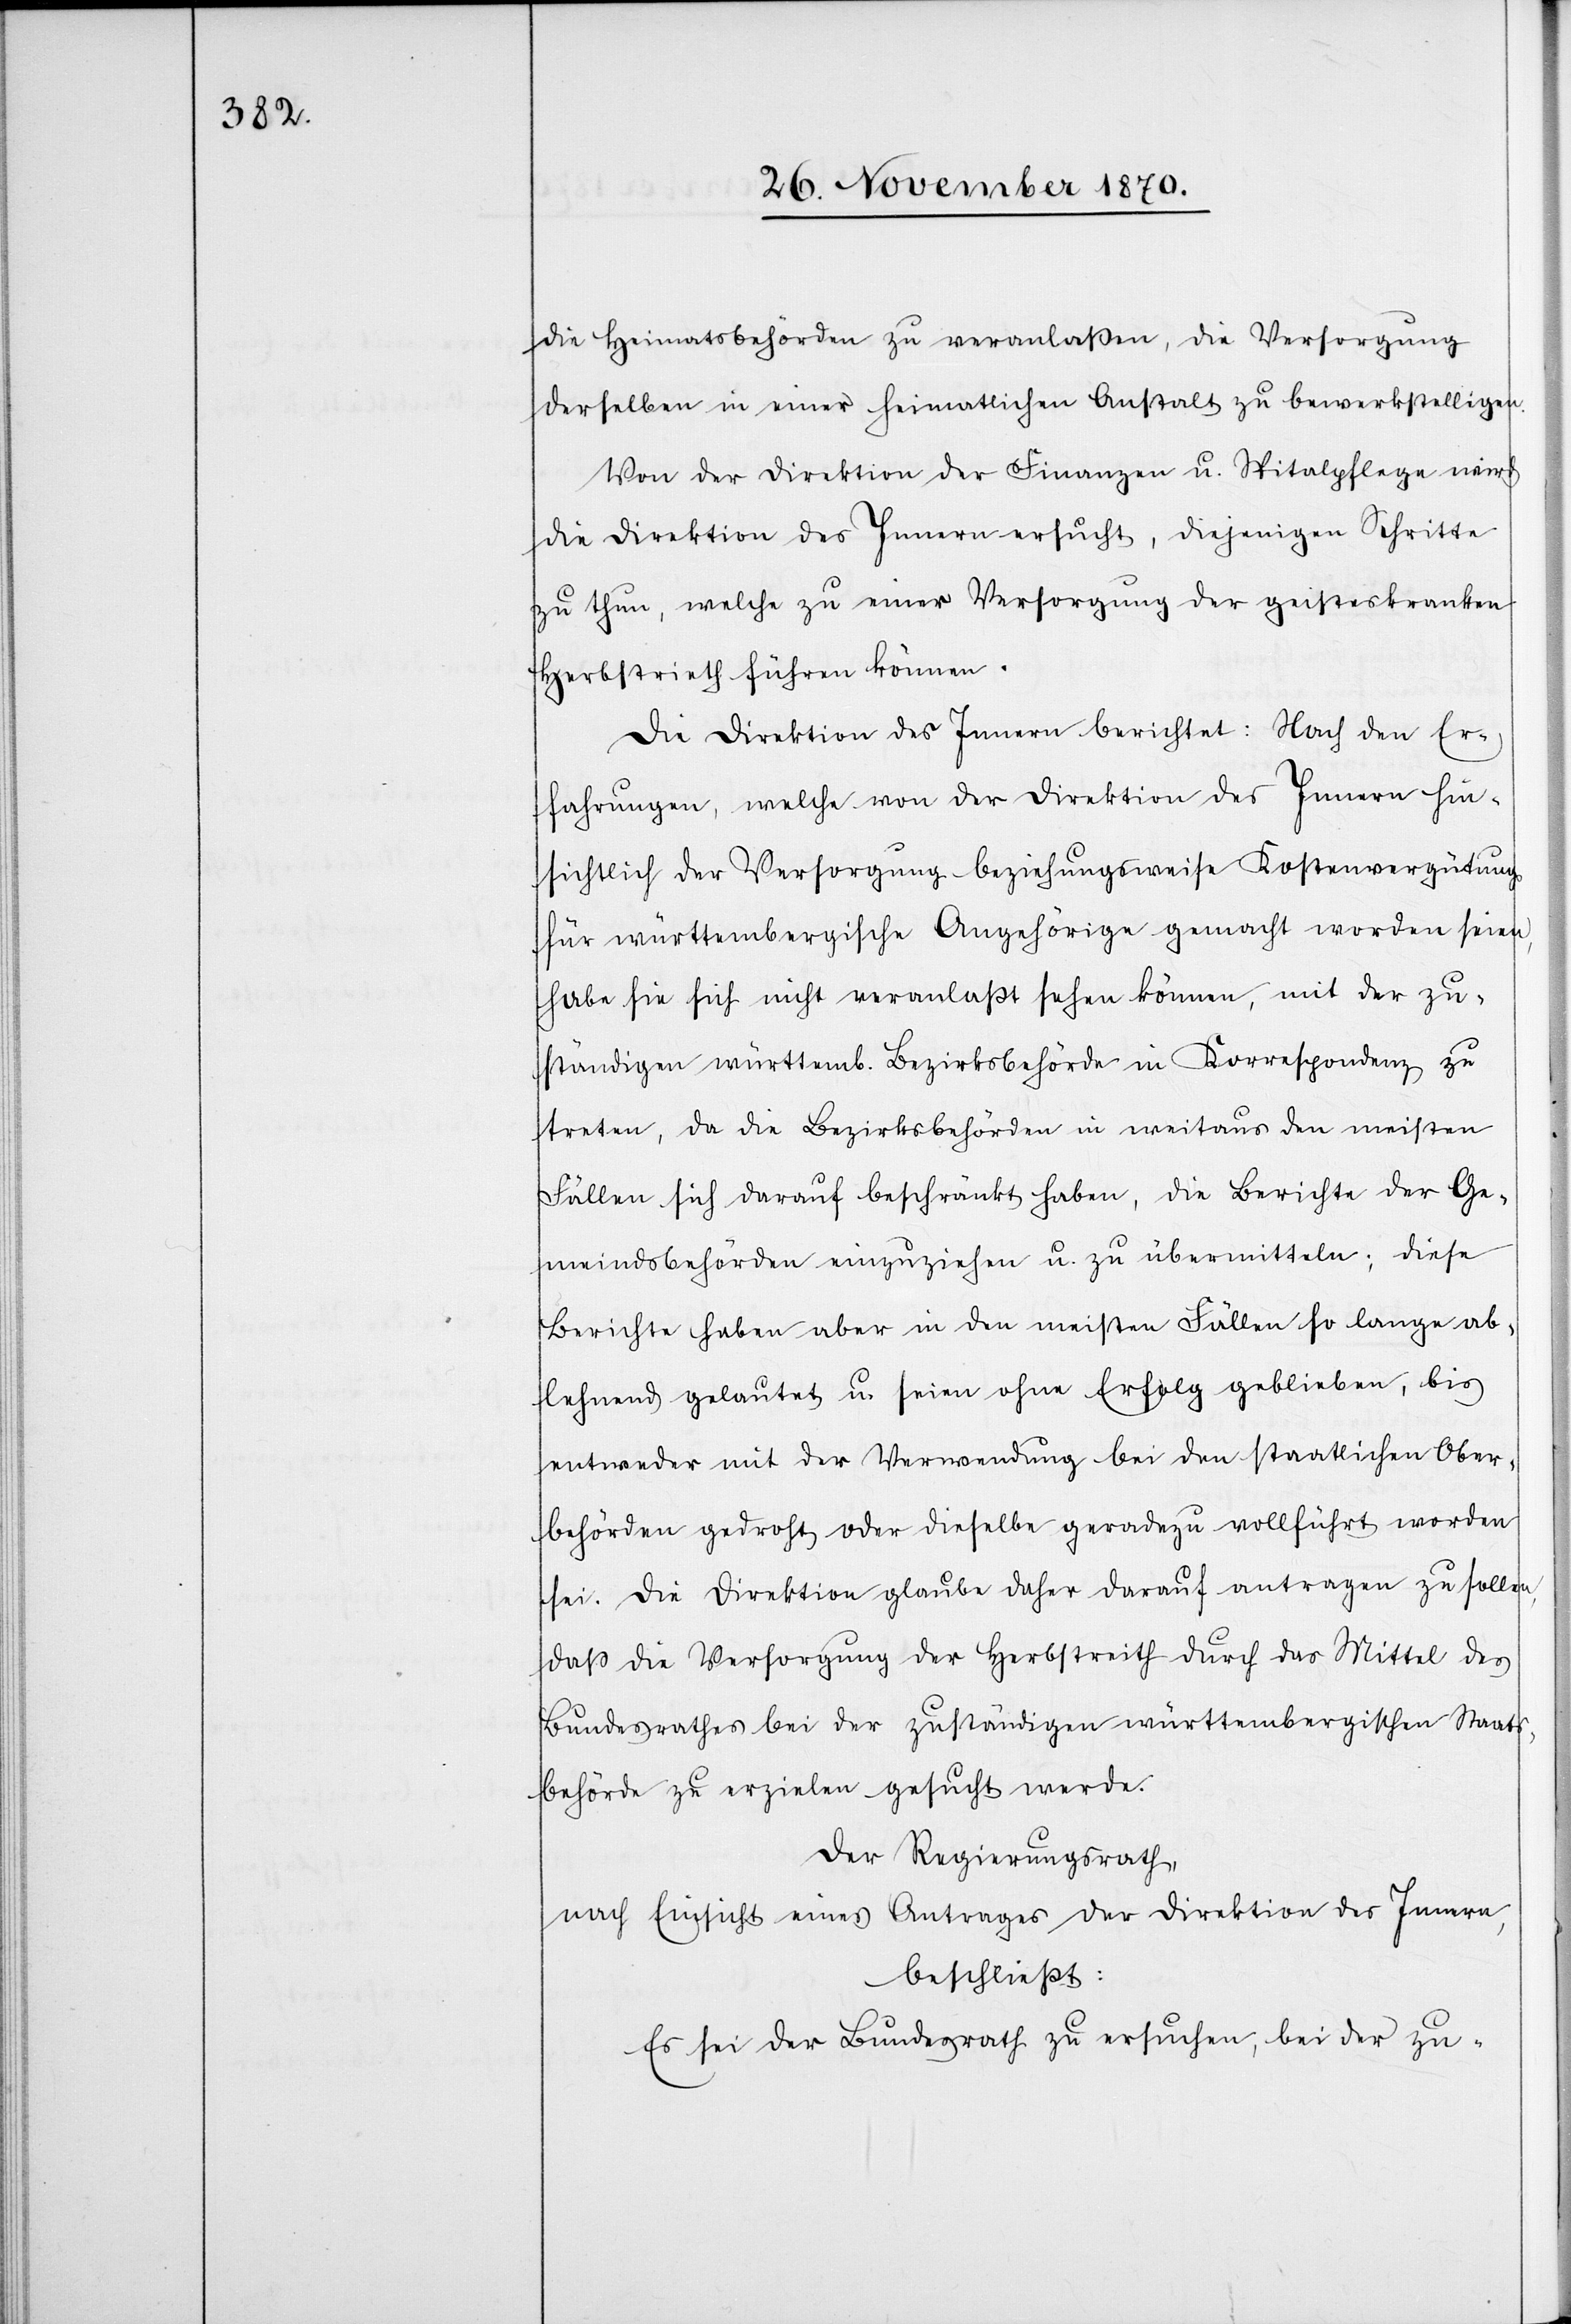
die Heimatsbehörden zu veranlaßen, die Versorgung
derselben in einer heimatlichen Anstalt zu bewerkstelligen.
Von der Direktion der Finanzen u. Spitalpflege wird
die Direktion des Innern ersucht, diejenigen Schritte
zu thun, welche zu einer Versorgung der geisteskranken
Herbstrieth [sic!] führen können.
Die Direktion des Innern berichtet: Nach den Er¬
fahrungen, welche von der Direktion des Innern hin¬
sichtlich der Versorgung beziehungsweise Kostenvergütung
für württembergische Angehörige gemacht worden seien,
habe sie sich nicht veranlaßt sehen können, mit der zu¬
ständigen württemb. Bezirksbehörde in Korrespondenz zu
treten, da die Bezirksbehörden in weitaus den meisten
Fällen sich darauf beschränkt haben, die Berichte der Ge¬
meindsbehörden einzuziehen u. zu übermitteln; diese
Berichte haben aber in den meisten Fällen so lange ab¬
lehnend gelautet u. seien ohne Erfolg geblieben, bis
entweder mit der Verwendung bei den staatlichen Ober¬
behörden gedroht oder dieselbe geradezu vollführt worden
sei. Die Direktion glaube daher darauf antragen zu sollen,
daß die Versorgung der Herbstreith durch das Mittel des
Bundesrathes bei der zuständigen württembergischen Staats¬
behörde zu erzielen gesucht werde.
Der Regierungsrath,
nach Einsicht eines Antrages der Direktion des Innern,
beschließt:
Es sei der Bundesrath zu ersuchen, bei der zu-